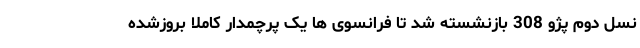
نسل دوم پژو 308 بازنشسته شد تا فرانسوی ها یک پرچمدار کاملا بروزشده